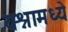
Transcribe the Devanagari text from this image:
यश्नामध्ये